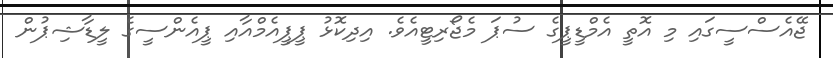
ޖޭއެސްސީގައި މި އޮތީ އެމްޑީޕީގެ ސުޕަ މެޖޯރިޓީއެވެ. އިދިކޮޅު ޕީޕީއެމްއާއި ޕީއެންސީގެ ލީޑާޝިޕުން